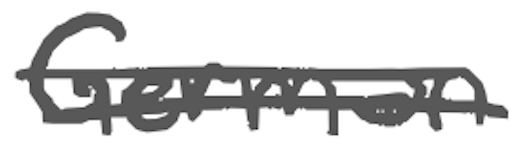
Text: German
Cross-out: double-line
Writing tool: digital_gray